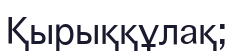
Қырыққұлақ;